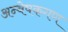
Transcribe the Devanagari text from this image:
अन्वेषकगण